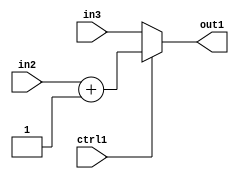
`timescale 1ps / 1ps
/*****************************************************************************
    Verilog RTL Description
    
    
    Created by: Stratus DpOpt 2019.1.01 
*******************************************************************************/

module feature_write_addr_gen_MuxAdd2i1u32u32u1_4_1 (
	in3,
	in2,
	ctrl1,
	out1
	); /* architecture "behavioural" */ 
input [31:0] in3,
	in2;
input  ctrl1;
output [31:0] out1;
wire [31:0] asc001,
	asc002;

assign asc002 = 
	+(in2)
	+(32'B00000000000000000000000000000001);

reg [31:0] asc001_tmp_0;
assign asc001 = asc001_tmp_0;
always @ (ctrl1 or asc002 or in3) begin
	case (ctrl1)
		1'B1 : asc001_tmp_0 = asc002 ;
		default : asc001_tmp_0 = in3 ;
	endcase
end

assign out1 = asc001;
endmodule

/* CADENCE  v7n0Sgk= : u9/ySgnWtBlWxVPRXgAZ4Og= ** DO NOT EDIT THIS LINE ******/